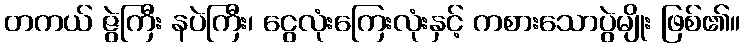
တကယ် ဇွဲကြီး နပဲကြီး၊ ငွေလုံးကြေးလုံးနှင့် ကစားသောပွဲမျိုး ဖြစ်၏။